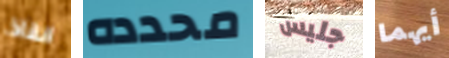
انقاذ محدده جليس أيهما